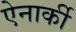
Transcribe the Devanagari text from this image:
ऐनार्की